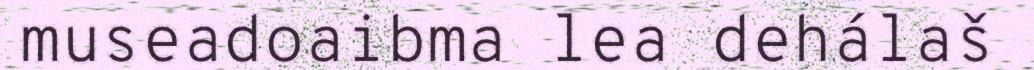
museadoaibma lea dehálaš